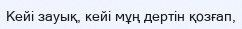
Кейі зауық, кейі мұң дертін қозғап,